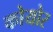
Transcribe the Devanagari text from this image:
कोयोर